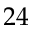
2 4